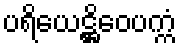
ပရိယေဋ္ဌိဝေပက္ကံ